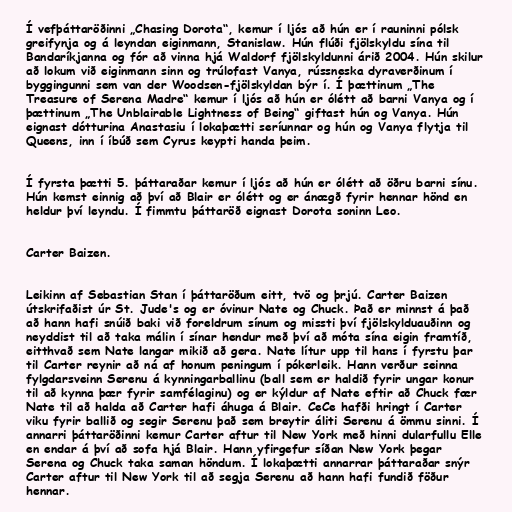
Í vefþáttaröðinni „Chasing Dorota“, kemur í ljós að hún er í rauninni pólsk
greifynja og á leyndan eiginmann, Stanislaw. Hún flúði fjölskyldu sína til
Bandaríkjanna og fór að vinna hjá Waldorf fjölskyldunni árið 2004. Hún skilur
að lokum við eiginmann sinn og trúlofast Vanya, rússneska dyraverðinum í
byggingunni sem van der Woodsen-fjölskyldan býr í. Í þættinum „The
Treasure of Serena Madre“ kemur í ljós að hún er ólétt að barni Vanya og í
þættinum „The Unblairable Lightness of Being“ giftast hún og Vanya. Hún
eignast dótturina Anastasiu í lokaþætti seríunnar og hún og Vanya flytja til
Queens, inn í íbúð sem Cyrus keypti handa þeim.

Í fyrsta þætti 5. þáttaraðar kemur í ljós að hún er ólétt að öðru barni sínu.
Hún kemst einnig að því að Blair er ólétt og er ánægð fyrir hennar hönd en
heldur því leyndu. Í fimmtu þáttaröð eignast Dorota soninn Leo.

Carter Baizen.

Leikinn af Sebastian Stan í þáttaröðum eitt, tvö og þrjú. Carter Baizen
útskrifaðist úr St. Jude's og er óvinur Nate og Chuck. Það er minnst á það
að hann hafi snúið baki við foreldrum sínum og missti því fjölskylduauðinn og
neyddist til að taka málin í sínar hendur með því að móta sína eigin framtíð,
eitthvað sem Nate langar mikið að gera. Nate lítur upp til hans í fyrstu þar
til Carter reynir að ná af honum peningum í pókerleik. Hann verður seinna
fylgdarsveinn Serenu á kynningarballinu (ball sem er haldið fyrir ungar konur
til að kynna þær fyrir samfélaginu) og er kýldur af Nate eftir að Chuck fær
Nate til að halda að Carter hafi áhuga á Blair. CeCe hafði hringt í Carter
viku fyrir ballið og segir Serenu það sem breytir áliti Serenu á ömmu sinni. Í
annarri þáttaröðinni kemur Carter aftur til New York með hinni dularfullu Elle
en endar á því að sofa hjá Blair. Hann yfirgefur síðan New York þegar
Serena og Chuck taka saman höndum. Í lokaþætti annarrar þáttaraðar snýr
Carter aftur til New York til að segja Serenu að hann hafi fundið föður
hennar.